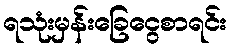
ရသုံးမှန်းခြေငွေစာရင်း